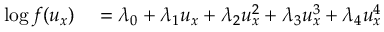
\begin{array} { r l } { \log f ( u _ { x } ) } & { { } = \lambda _ { 0 } + \lambda _ { 1 } u _ { x } + \lambda _ { 2 } u _ { x } ^ { 2 } + \lambda _ { 3 } u _ { x } ^ { 3 } + \lambda _ { 4 } u _ { x } ^ { 4 } } \end{array}